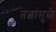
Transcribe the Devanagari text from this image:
तत्वांमुळे